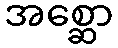
အစ္ဆော